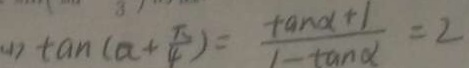
( 1 ) \tan ( a + \frac { \pi } { 4 } ) = \frac { \tan \alpha + 1 } { 1 - \tan \alpha } = 2